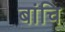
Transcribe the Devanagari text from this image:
बांचि